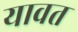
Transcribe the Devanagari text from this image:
यावत